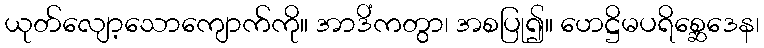
ယုတ်လျော့သောကျောက်ကို။ အာဒိံကတွာ၊ အစပြု၍။ ဟေဋ္ဌိမပရိစ္ဆေဒေန၊